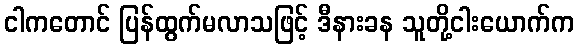
ငါကတောင် ပြန်ထွက်မလာသဖြင့် ဒီနားခန သူတို့ငါးယောက်က